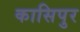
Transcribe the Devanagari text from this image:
कासिपुर